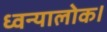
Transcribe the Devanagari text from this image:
ध्वन्यालोक।